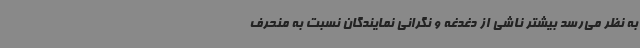
به نظر می‌رسد بیشتر ناشی از دغدغه و نگرانی نمایندگان نسبت به منحرف